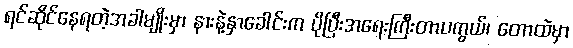
ရင်ဆိုင်နေရတဲ့အခါမျိုးမှာ နားနဲ့နှာခေါင်းက ပိုပြီးအရေးကြီးတာပကွယ်၊ တောထဲမှာ